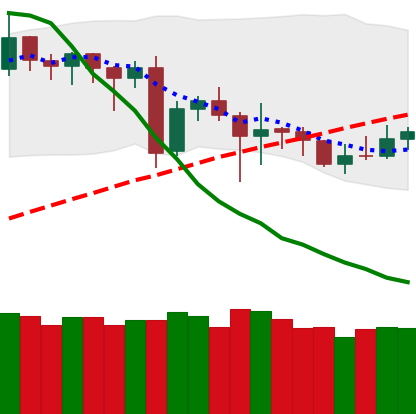
Ticker: DOGE-USD
Chart end date: 2020-06-23
Forward return: -6.361%
Label: down_5_7